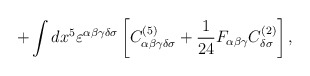
\begin{align*}+\int dx^5\varepsilon^{\alpha\beta\gamma\delta\sigma}\left[C^{(5)}_{\alpha\beta\gamma\delta\sigma}+{1\over 24}F_{\alpha\beta\gamma}C^{(2)}_{\delta\sigma}\right],\end{align*}